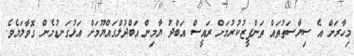
މިހާރަށް އެ ސިޔާސަތުތައް ތަންފީޒުކުރުމަށް ރައީސް އަބްދު ޔާމިން އަބްދުލްގައްޔޫމަށް އަޅުގަނޑުމެން ގޮވާލަމެވެ.